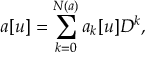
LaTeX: a [ u ] = \sum _ { k = 0 } ^ { N ( a ) } a _ { k } [ u ] D ^ { k } ,